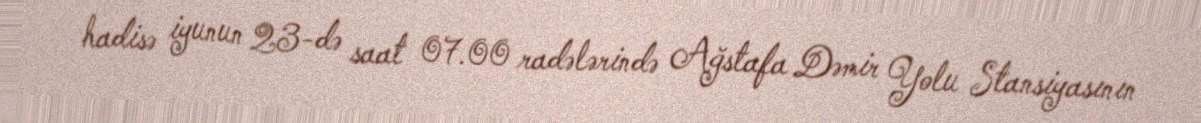
hadisə iyunun 23-də saat 07.00 radələrində Ağstafa Dəmir Yolu Stansiyasının